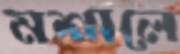
মশালে